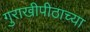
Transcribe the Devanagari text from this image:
गुराखीपीठाच्या